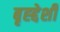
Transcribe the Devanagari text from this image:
बृह्द्देशी